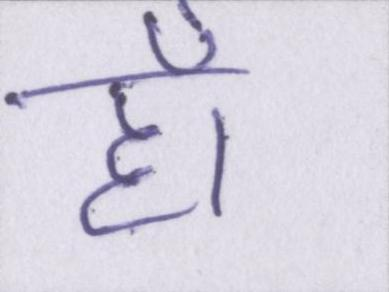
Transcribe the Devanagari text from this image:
हाँ